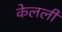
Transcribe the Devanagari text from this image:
केलली